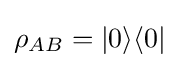
\rho _{AB}=|0\rangle \langle 0|